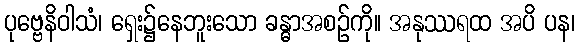
ပုဗ္ဗေနိဝါသံ၊ ရှေး၌နေဘူးသော ခန္ဓာအစဉ်ကို။ အနုဿရထ အပိ ပန၊